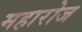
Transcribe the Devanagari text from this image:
महारोज